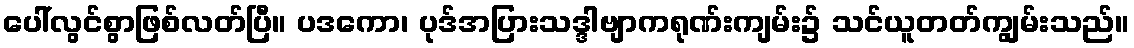
ပေါ်လွင်စွာဖြစ်လတ်ပြီ။ ပဒကော၊ ပုဒ်အပြားသဒ္ဒါဗျာကရုဏ်းကျမ်း၌ သင်ယူတတ်ကျွမ်းသည်။